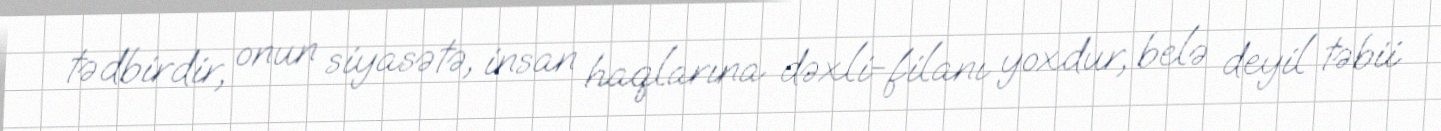
tədbirdir, onun siyasətə, insan haqlarına dəxli-filanı yoxdur, belə deyil təbii